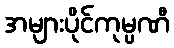
အများပိုင်ကုမ္ပဏီ